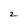
Character: 2